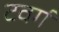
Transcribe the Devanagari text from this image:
टवर्ग